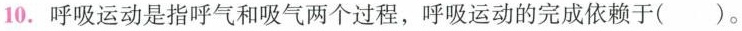
10. 呼吸运动是指呼气和吸气两个过程，呼吸运动的完成依赖于( )。